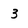
Character: 3